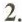
2.